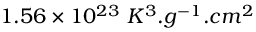
1 . 5 6 \times 1 0 ^ { 2 3 } \ K ^ { 3 } . g ^ { - 1 } . c m ^ { 2 }